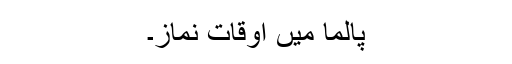
پالما میں اوقات نماز۔